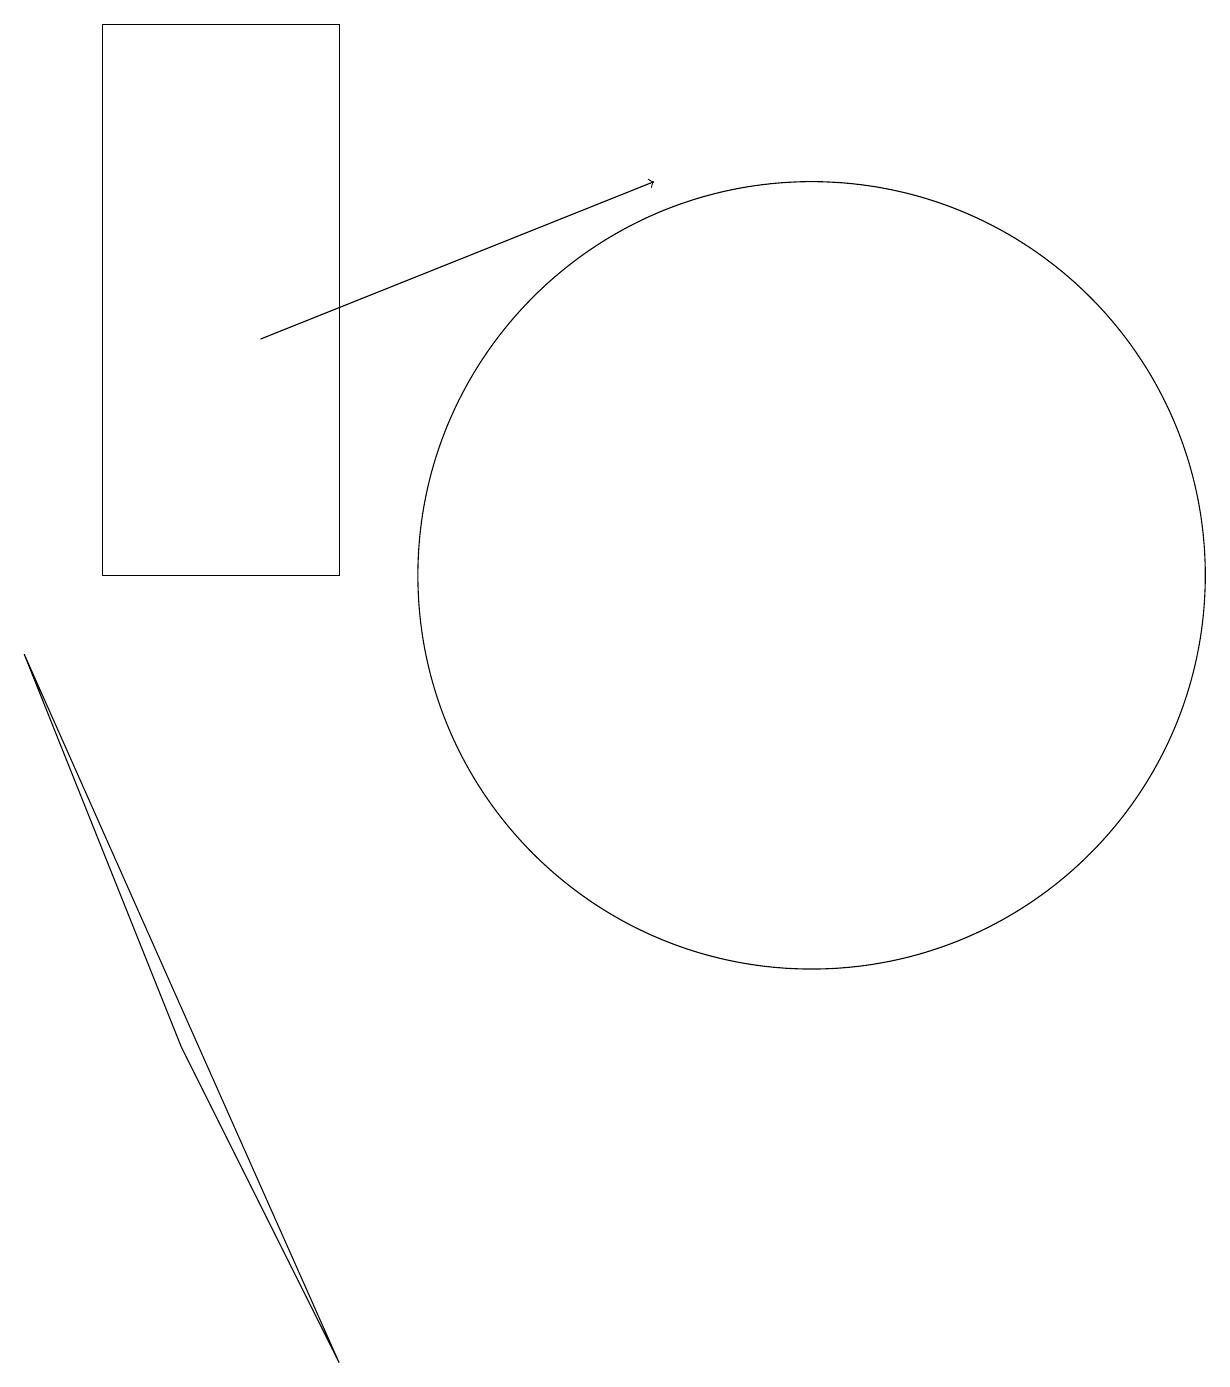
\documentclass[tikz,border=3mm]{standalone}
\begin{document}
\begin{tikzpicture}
\draw (2,17) rectangle (5,10);
\draw[->] (4,13) -- (9,15);
\draw (11,10) circle (5);
\draw (3,4) -- (1,9) -- (5,0) -- cycle;
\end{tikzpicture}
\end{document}